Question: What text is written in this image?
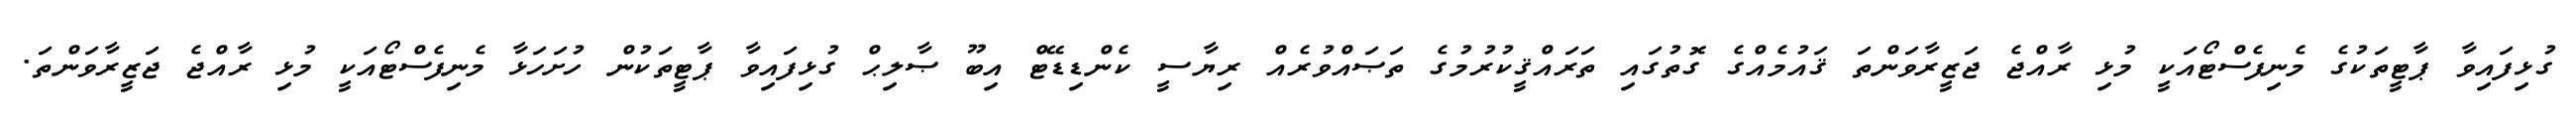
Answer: ގުޅިފައިވާ ޕާޓީތަކުގެ މެނިފެސްޓޯއަކީ މުޅި ރާއްޖެ ޖަޒީރާވަންތަ ޤައުމެއްގެ ގޮތުގައި ތަރައްޤީކުރުމުގެ ތަޞައްވުރެއް ރިޔާސީ ކެންޑިޑޭޓް އިބޫ ޞާލިޙް ގުޅިފައިވާ ޕާޓީތަކުން ހުށަހަޅާ މެނިފެސްޓޯއަކީ މުޅި ރާއްޖެ ޖަޒީރާވަންތަ.